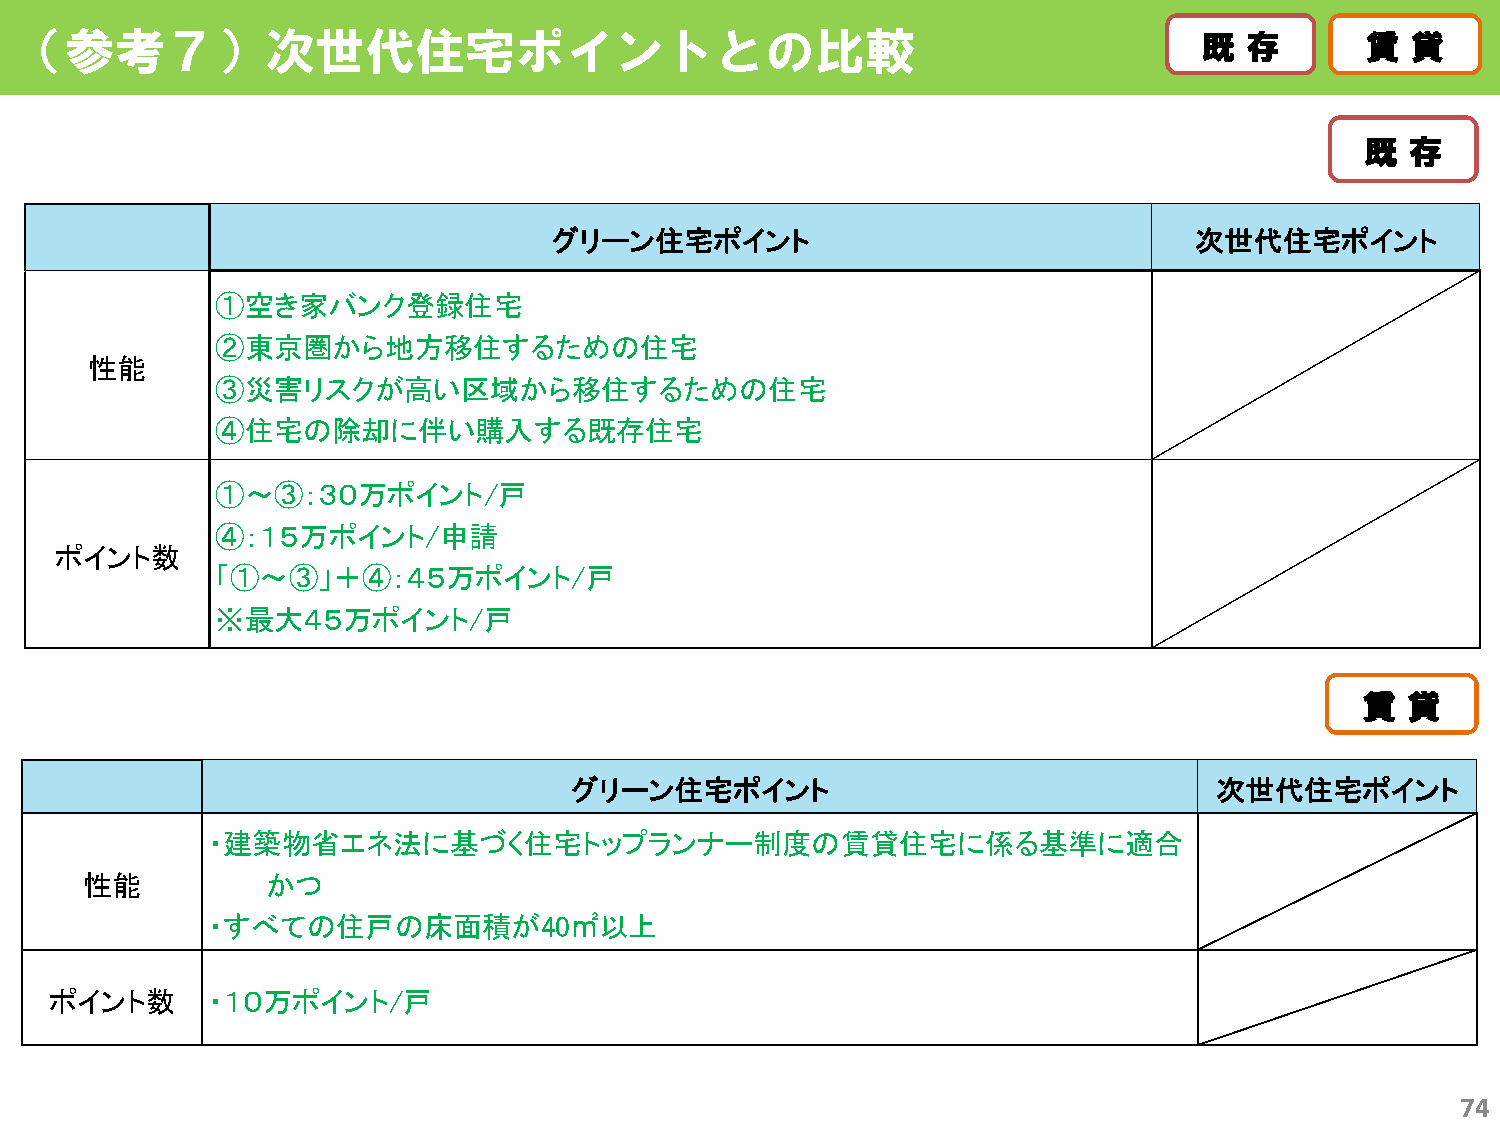
（参考７）次世代住宅ポイントとの比較                                                             既既 存存     賃賃 貸貸
 既既 存存
 グリーン住宅ポイント                                次世代住宅ポイント
 ①空き家バンク登録住宅
 ②東京圏から地方移住するための住宅
 性能
 ③災害リスクが高い区域から移住するための住宅
 ④住宅の除却に伴い購入する既存住宅
 ①～③：３０万ポイント/戸
 ④：１５万ポイント/申請
 ポイント数
 「①～③」＋④：４５万ポイント/戸
 ※最大４５万ポイント/戸
 賃賃 貸貸
 グリーン住宅ポイント                                 次世代住宅ポイント
 ・建築物省エネ法に基づく住宅トップランナー制度の賃貸住宅に係る基準に適合
 性能           かつ
 ・すべての住戸の床面積が40㎡以上
 ポイント数      ・１０万ポイント/戸
 74